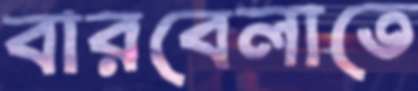
বারবেলাতে